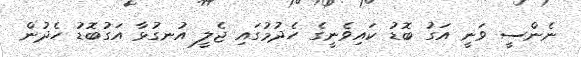
ނެންސީ ވަނީ އަގު ބޮޑު ކައިވެނީގެ ހެދުމުގަައި ޖެލީ އުނގުޅާ އަގުބޮޑު ހެދުން